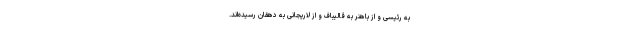
به رئیسی و از باهنر به قالیباف و از لاریجانی به دهقان رسیده‌اند.